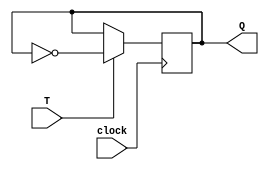
module T_flip_flop (
    input T,
    input clock,
    output reg Q
);

always @(posedge clock) begin
    if (T == 1'b1) begin
        Q <= ~Q;
    end
end

endmodule